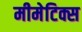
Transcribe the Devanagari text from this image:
मीमेटिक्स